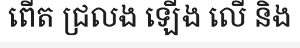
ពើត ជ្រលង ឡើង លើ និង